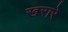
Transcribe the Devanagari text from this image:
खरारे